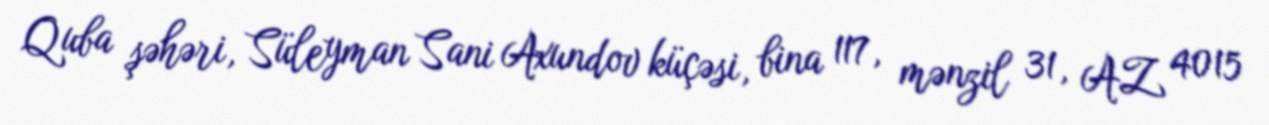
Quba şəhəri, Süleyman Sani Axundov küçəsi, bina 117, mənzil 31, AZ 4015